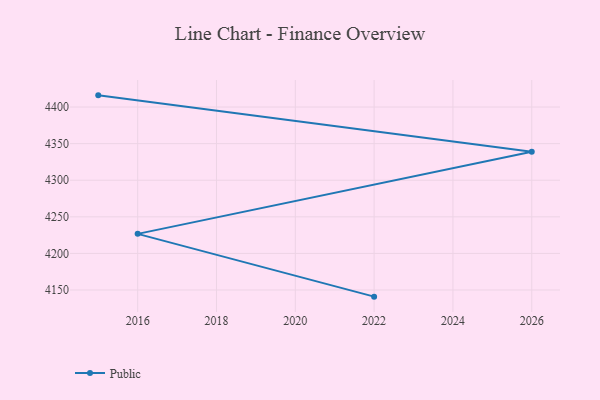
{"axis": {"x": "Year", "y": "Tickets Resolved"}, "legend": ["Public"], "data": [{"x": "2015", "y": 4416.0, "type": "Public"}, {"x": "2026", "y": 4339.0, "type": "Public"}, {"x": "2016", "y": 4226.7, "type": "Public"}, {"x": "2022", "y": 4140.9, "type": "Public"}]}